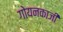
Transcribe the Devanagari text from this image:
गोयनकाजी